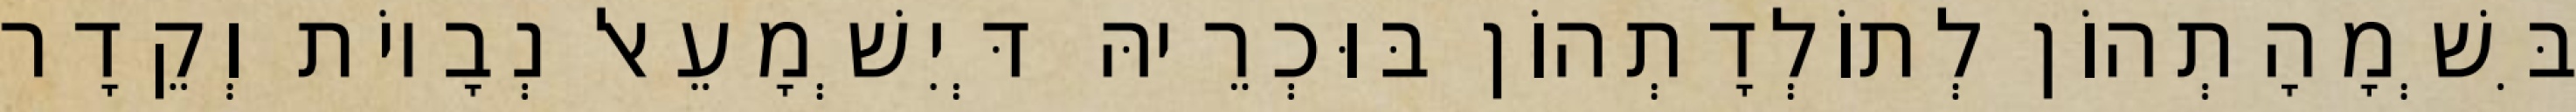
בִּשְׁמָהָתְהוֹן לְתוֹלְדָתְהוֹן בּוּכְרֵיהּ דְּיִשְׁמָעֵאל נְבָיוֹת וְקֵדָר